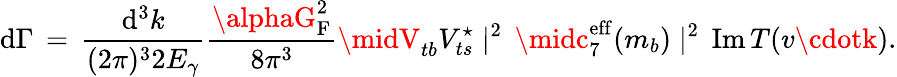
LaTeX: \mathrm{d}\Gamma\, =\, {\frac{{\mathrm{d}^{3}k}}{{(2\pi)^{3}2E_{\gamma}}}}{\frac{{\alphaG_{\mathrm{{F}}}^{2}}}{{8\pi^{3}}}}\midV_{tb}V_{ts}^{\star}\mid^{2}\, \midc_{7}^{\mathrm{{eff}}}(m_{b})\mid^{2}\, \mathrm{{Im}}\, T(v\cdotk).